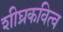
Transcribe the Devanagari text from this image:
शीघ्रकवित्व